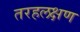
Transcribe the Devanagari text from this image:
तरहलक्षण